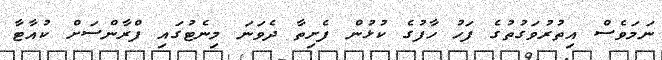
ނަމަވެސް އިތުރުވަގުތުގެ ފަހު ހާފުގެ ކުޅުން ފެށިތާ ދެވަނަ މިނެޓުގައި ފްރާންސަށް ކުއާޓާ